Insane asylums in Bengal annual reports 1867-1875 - 1867-1875
Year: 1867
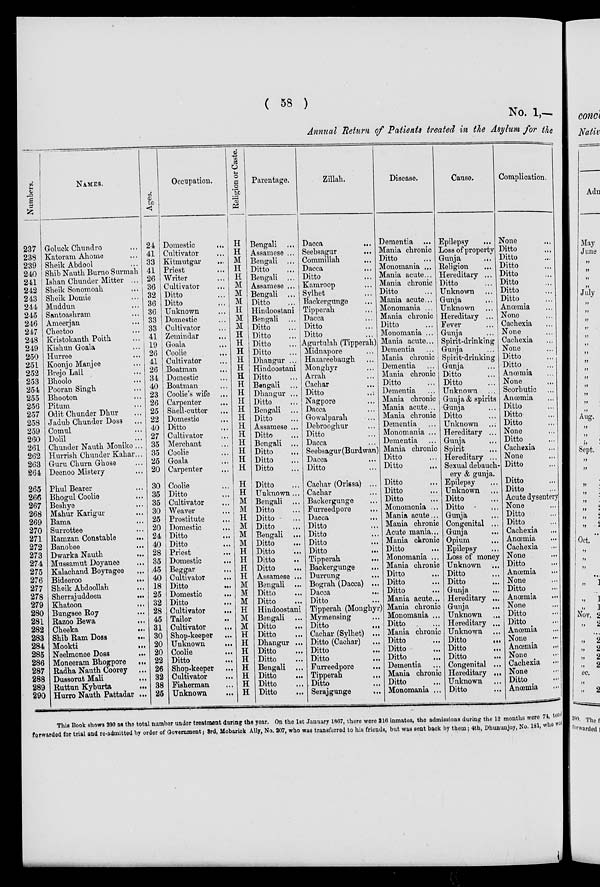
( 58 )
No. 1,—
Annual Return of Patients treated in the Asylum for the
Numbers.
237
238
239
240
241
242
243
244
245
246
247
248
249
250
251
252
253
254
255
256
257
258
259
260
261
262
263
264
265
266
267
268
269
270
271
272
273
274
275
276
277
278
279
280
281
282
283
284
285
286
287
288
289
290
NAMES.
Goluck Chundro ...
Katoram Ahome ...
Sheik Abdool ...
Shib Nauth Burno Surmah
Ishan Chunder Mitter ...
Sheik Sonomoah ...
Sheik Domie ...
Muddun ...
Santoashram ...
Ameerjan ...
Cheetoo ...
Kristokanth Polth ...
Kishun Goala ...
Hurree ...
Koonjo Manjee ...
Brejo Lall ...
Bhoolo ...
Pooran Singh ...
Bhooton ...
Pitum ...
Odit Chunder Dhur ...
Jadub Chunder Doss ...
Comul ...
Dolil ...
Chunder Nauth Moniko ...
Hurrish Chunder Kahar ...
Guru Churn Ghose ...
Deenoo Mistery ...
Phul Bearer ...
Bhogul Coolie ...
Beshye ...
Mahur Karigur ...
Bama ...
Surrottee ...
Ramzan Constable ...
Banobee ...
Dwarka Nauth ...
Mussamut Doyanee ...
Kalachand Boyragee ...
Bideeroo
...
Sheik Abdoollah
...
Sherrajuddeen ...
Khatoon
...
Bungsee Roy ...
Razoo Bewa
...
Cheeka
...
Shib Ram Doss ...
Mookti ...
Neelmonee Doss
...
Moneeram Bhogpore ...
Radha Nauth Coorey ...
Dussorut Mali
...
Ruttun Kyburta
...
Hurro Nauth Pattadar ...
Ages.
24
41
33
41
26
36
32
36
36
33
33
41
19
26
41
26
34
40
23
26
25
22
40
27
35
35
25
20
30
35
35
30
25
20
24
40
28
35
45
40
18
25
32
28
45
31
30
20
20
22
26
32
38
25
Occupation.
Domestic
...
Cultivator ...
Kitmutgar ...
Priest ...
Writer ...
Cultivator ...
Ditto ...
Ditto ...
Unknown ...
Domestic ...
Cultivator ...
Zemindar ...
Goala ...
Coolie ...
Cultivator ...
Boatman ...
Domestic ...
Boatman ...
Coolie's wife ...
Carpenter
...
Shell-cutter ...
Domestic ...
Ditto ...
Cultivator ...
Merchant ...
Coolie ...
Goala ...
Carpenter ...
Coolie ...
Ditto
...
Cultivator ...
Weaver ...
Prostitute ...
Domestic ...
Ditto ...
Ditto ...
Priest ...
Domestic ...
Beggar ...
Cultivator ...
Ditto ...
Domestic
...
Ditto
...
Cultivator ...
Tailor ...
Cultivator ...
Shop-keeper ...
Unknown
...
Coolie ...
Ditto ...
Shop-keeper ...
Cultivator ...
Fisherman ...
Unknown
...
Religion or Caste.
H
H
M
H
H
M
M
M
H
M
M
H
H
H
H
H
H
H
H
H
H
H
H
H
H
H
H
H
H
H
M
M
H
M
M
M
H
H
H
H
M
M
M
H
M
M
H
H
H
H
H
H
H
H
Parentage.
Bengali ...
Assamese ...
Bengali ...
Ditto ...
Bengali ...
Assamese ...
Bengali ...
Ditto ...
Hindoostani
Bengali ...
Ditto ...
Ditto ...
Ditto ...
Ditto ...
Dhangur ...
Hindoostani
Ditto ...
Bengali ...
Dhangur ...
Ditto ...
Bengali ...
Ditto ...
Assamese ...
Ditto ...
Bengali ...
Ditto ...
Ditto ...
Ditto ...
Ditto ...
Unknown...
Bengali ...
Ditto ...
Ditto
...
Ditto ...
Bengali ...
Ditto ...
Ditto ...
Ditto ...
Ditto ...
Assamese ...
Bengali ...
Ditto ...
Ditto ...
Hindoostani
Bengali ...
Ditto ...
Ditto ...
Dhangur ...
Ditto ...
Ditto ...
Bengali ...
Ditto ...
Ditto ...
Ditto
...
Zillah.
Dacca
...
Seebsagur
...
Commillah ...
Dacca
...
Ditto ...
Kamroop ...
Sylhet ...
Backergunge ...
Tipperah ...
Dacca ...
Ditto ...
Ditto ...
Agurtulah (Tipperah)
Midnapore ...
Hazareebaugh ...
Monghyr ...
Arrah ...
Cachar ...
Ditto
...
Nagpore ...
Dacca ...
Gowalparah ...
Debrooghur ...
Ditto ...
Dacca ...
Seebsagur (Burdwan)
Dacca ...
Ditto ...
Cachar (Orissa) ...
Cachar ...
Backergunge ...
Furreedpore ...
Dacca ...
Ditto ...
Ditto ...
Ditto ...
Ditto
...
Tipperah
...
Backergunge
...
Durrung ...
Bograh (Dacca) ...
Dacca ...
Ditto ...
Tipperah (Monghyr)
Mymensing ...
Ditto ...
Cachar (Sylhet) ...
Ditto (Cachar) ...
Ditto ...
Ditto ...
Furreedpore ...
Tipperah ...
Ditto ...
Serajgunge ...
Disease.
Dementia ...
Mania chronic
Ditto ...
Monomania ...
Mania acute ...
Mania chronic
Ditto ...
Mania acute...
Monomania ...
Mania chronic
Ditto ...
Monomania ...
Mania acute ...
Dementia ...
Mania chronic
Dementia ...
Mania chronic
Ditto ...
Dementia ...
Mania chronic
Mania acute ...
Mania chronic
Dementia ...
Monomania ...
Dementia ...
Mania chronic
Ditto ...
Ditto ...
Ditto ...
Ditto ...
Ditto ...
Monomonia ...
Mania acute...
Mania chronic
Acute mania ...
Mania chronic
Ditto ...
Monomania ...
Mania chronic
Ditto ...
Ditto ...
Ditto ...
Mania acute ...
Mania chronic
Monomania ...
Ditto ...
Mania chronic
Ditto ...
Ditto ...
Ditto ...
Dementia ...
Mania chronic
Ditto ...
Monomania ...
Cause.
Epilepsy ...
Loss of property
Gunja
...
Religion ...
Hereditary ...
Ditto ...
Unknown ...
Gunja ...
Unknown ...
Hereditary ...
Fever ...
Gunja ...
Spirit-drinking
Gunja ...
Spirit-drinking
Gunja ...
Ditto ...
Ditto ...
Unknown ...
Gunja & spirits
Gunja ...
Ditto ...
Unknown ...
Hereditary ...
Gunja ...
Spirit ...
Hereditary ...
Sexual debauch-
ery & gunja.
Epilepsy ...
Unknown ...
Ditto ...
Ditto ...
Gunja ...
Congenital ...
Gunja ...
Opium ...
Epilepsy ...
Loss of money
Unknown ...
Ditto ...
Ditto ...
Gunja ...
Hereditary ...
Gunja ...
Unknown ...
Hereditary ...
Unknown ...
Ditto
...
Ditto
...
Ditto ...
Congenital ...
Hereditary ...
Unknown ...
Ditto ...
Complication.
None ...
Ditto ...
Ditto ...
Ditto ...
Ditto ...
Ditto ...
Ditto ...
Ditto
...
Anœmia ...
None ...
Cachexia ...
None ...
Cachexia ...
None ...
Ditto ...
Ditto ...
Anœmia ...
None ...
Scorbutic ...
Anœmia ...
Ditto ...
Ditto ...
Ditto ...
None ...
Ditto ...
Cachexia ...
None ...
Ditto ...
Ditto ...
Ditto ...
Acute dysentery
None ...
Ditto ...
Ditto ...
Cachexia ...
Anœmia ...
Cachexia ...
None ...
Ditto ...
Anœmia ...
None ...
Ditto ...
Anœmia ...
None ...
Ditto ...
Ditto ...
Anœmia ...
None ...
Anœmia ...
None ...
Cachexia ...
None ...
Ditto ...
Anœmia
...
This Book shows 290 as the total number under treatment during the year. On the 1st January 1867. there were 216 inmates, the admissions during the 12 months were 74, total
forwarded for trial and re-admitted by order of Government; 3rd, Mobarick Ally, No. 207, who was transferred to his friends, but was sent back by them, 4th, Dhununjoy, No. 181, who was